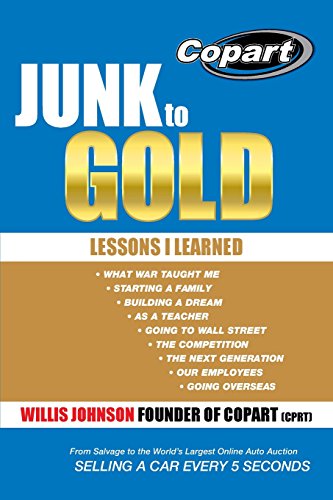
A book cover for Junk to Gold: From Salvage to the World's Largest Online Auto Auction; Willis Johnson; Business & Money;